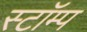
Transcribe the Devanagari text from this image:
स्टॉम्प